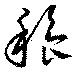
穭